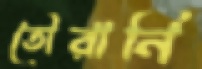
তৌরানি